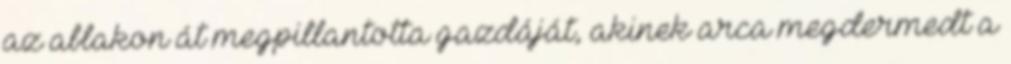
az ablakon át megpillantotta gazdáját, akinek arca megdermedt a